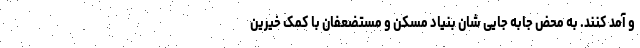
و آمد کنند. به محض جابه جایی شان بنیاد مسکن و مستضعفان با کمک خیرین